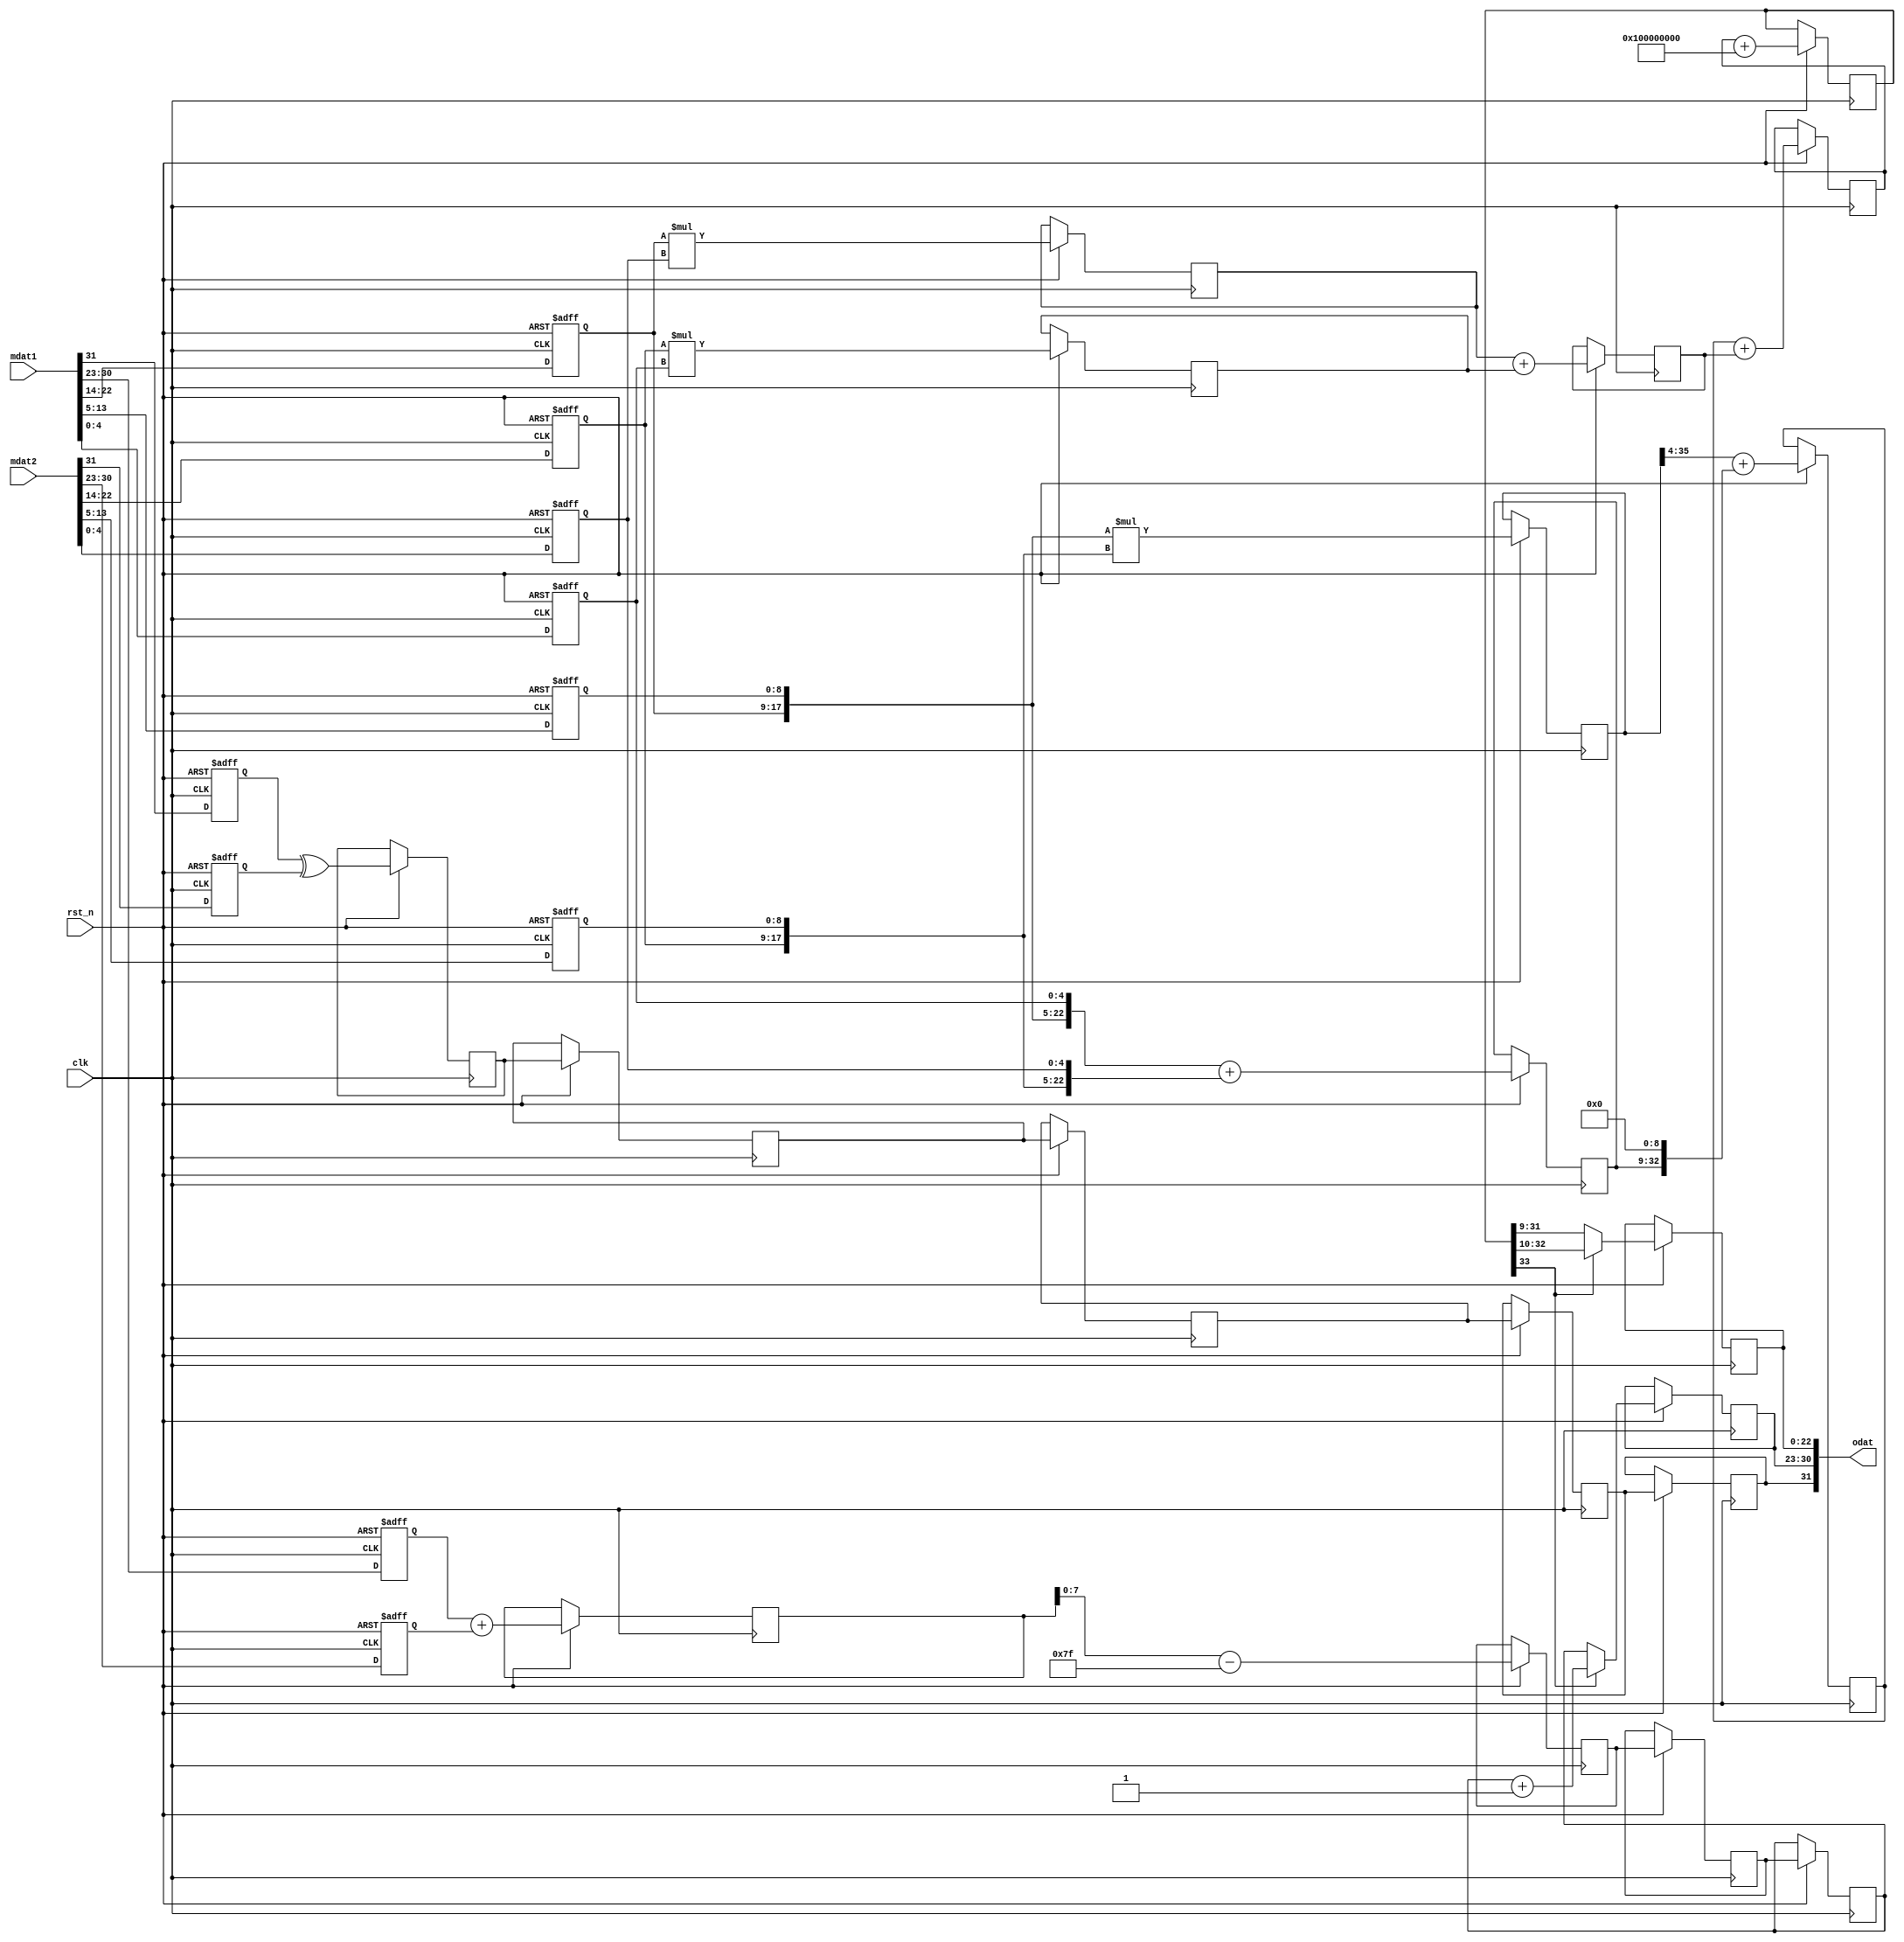

module fpmul(  
    input [31:0] mdat1,  
    input [31:0] mdat2,  
    output [31:0] odat,  
    input clk,  
    input rst_n  
);  
  
reg s1,s2;  
reg [7:0] e1,e2;  
reg [8:0] x3,x4,y3,y4;  
reg [4:0] x2,y2;  
  
always @(posedge clk or negedge rst_n) begin  
    if(~rst_n) begin  
        {s1,e1,x3,x4,x2}<=32'd0;  
        {s2,e2,y3,y4,y2}<=32'd0;  
    end else begin  
        {s1,e1,x3,x4,x2}<=mdat1; //?????  
        {s2,e2,y3,y4,y2}<=mdat2; //?????   
    end  
end  
// clk1  
reg s3;  
reg s3_b1,s3_b2,s3_b3,s3_b4;//pipeline????  
  
reg [8:0] adde;  
reg [7:0] adde_b1,adde_b2,adde_b3,adde_b4;//pipeline????  
  
reg [35:0] mul1; //??????  
reg [13:0] mul2,mul3;  
reg [23:0] addxy1;  
//clk2  
reg [22:0] mul1_b1;  
reg [14:0] addm1;  
reg [33:0] addm2;  
//clk3  
reg [33:0] addm3;  
//clk4  
reg [33:0] addm4;  
//clk5  
reg [22:0] addm5;  
//output signal  
assign odat={s3_b4,adde_b4,addm5};  
  
always @(posedge clk or negedge rst_n) begin  
    if(~rst_n) begin  
        //  
    end else begin  
        //clk1  
        s3<=s1^s2;  
        adde<=e1+e2;  
        mul1<={x3,x4}*{y3,y4};  
        mul2<=x3*y2;  
        mul3<=y3*x2;  
        addxy1<={x3,x4,x2}+{y3,y4,y2};  
  
        //clk2  
        s3_b1<=s3;  
        adde_b1<=adde-9'd127;  
        addm1<=mul2+mul3;  
        addm2<=mul1[35:4]+{addxy1,9'b0}; //23bits,?? //????????????,????????9?????  
        //clk3  
        s3_b2<=s3_b1;      
        adde_b2<=adde_b1;  
        addm3<=addm2+addm1[14:0];//??  
        //clk4  
        s3_b3<=s3_b2;  
        adde_b3<=adde_b2;  
        addm4<=addm3+{1'b1,23'd0,9'b0};  
        //clk5  
        s3_b4<=s3_b3;  
        if(addm4[33])begin //??????????:1.x*1.y??????1,????4?????  
            addm5<=addm4[32:10];  
            adde_b4<=adde_b3+8'd1;  
        end else begin  
            addm5<=addm4[31:9];  
            adde_b4<=adde_b3;  
        end  
    end  
end  
  
endmodule